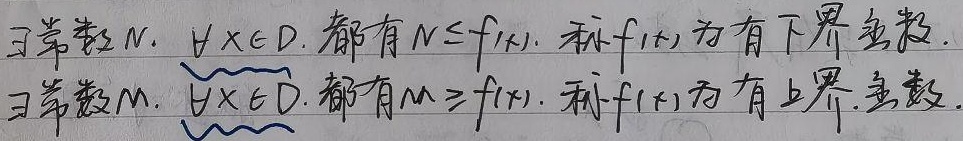
若存在常数\(N\)，使得对于任意\(x \in D\)，都有\(N \leq f(x)\)，则称\(f(x)\)为有下界函数。若存在常数\(M\)，使得对于任意\(x \in D\)，都有\(M \geq f(x)\)，则称\(f(x)\)为有上界函数。